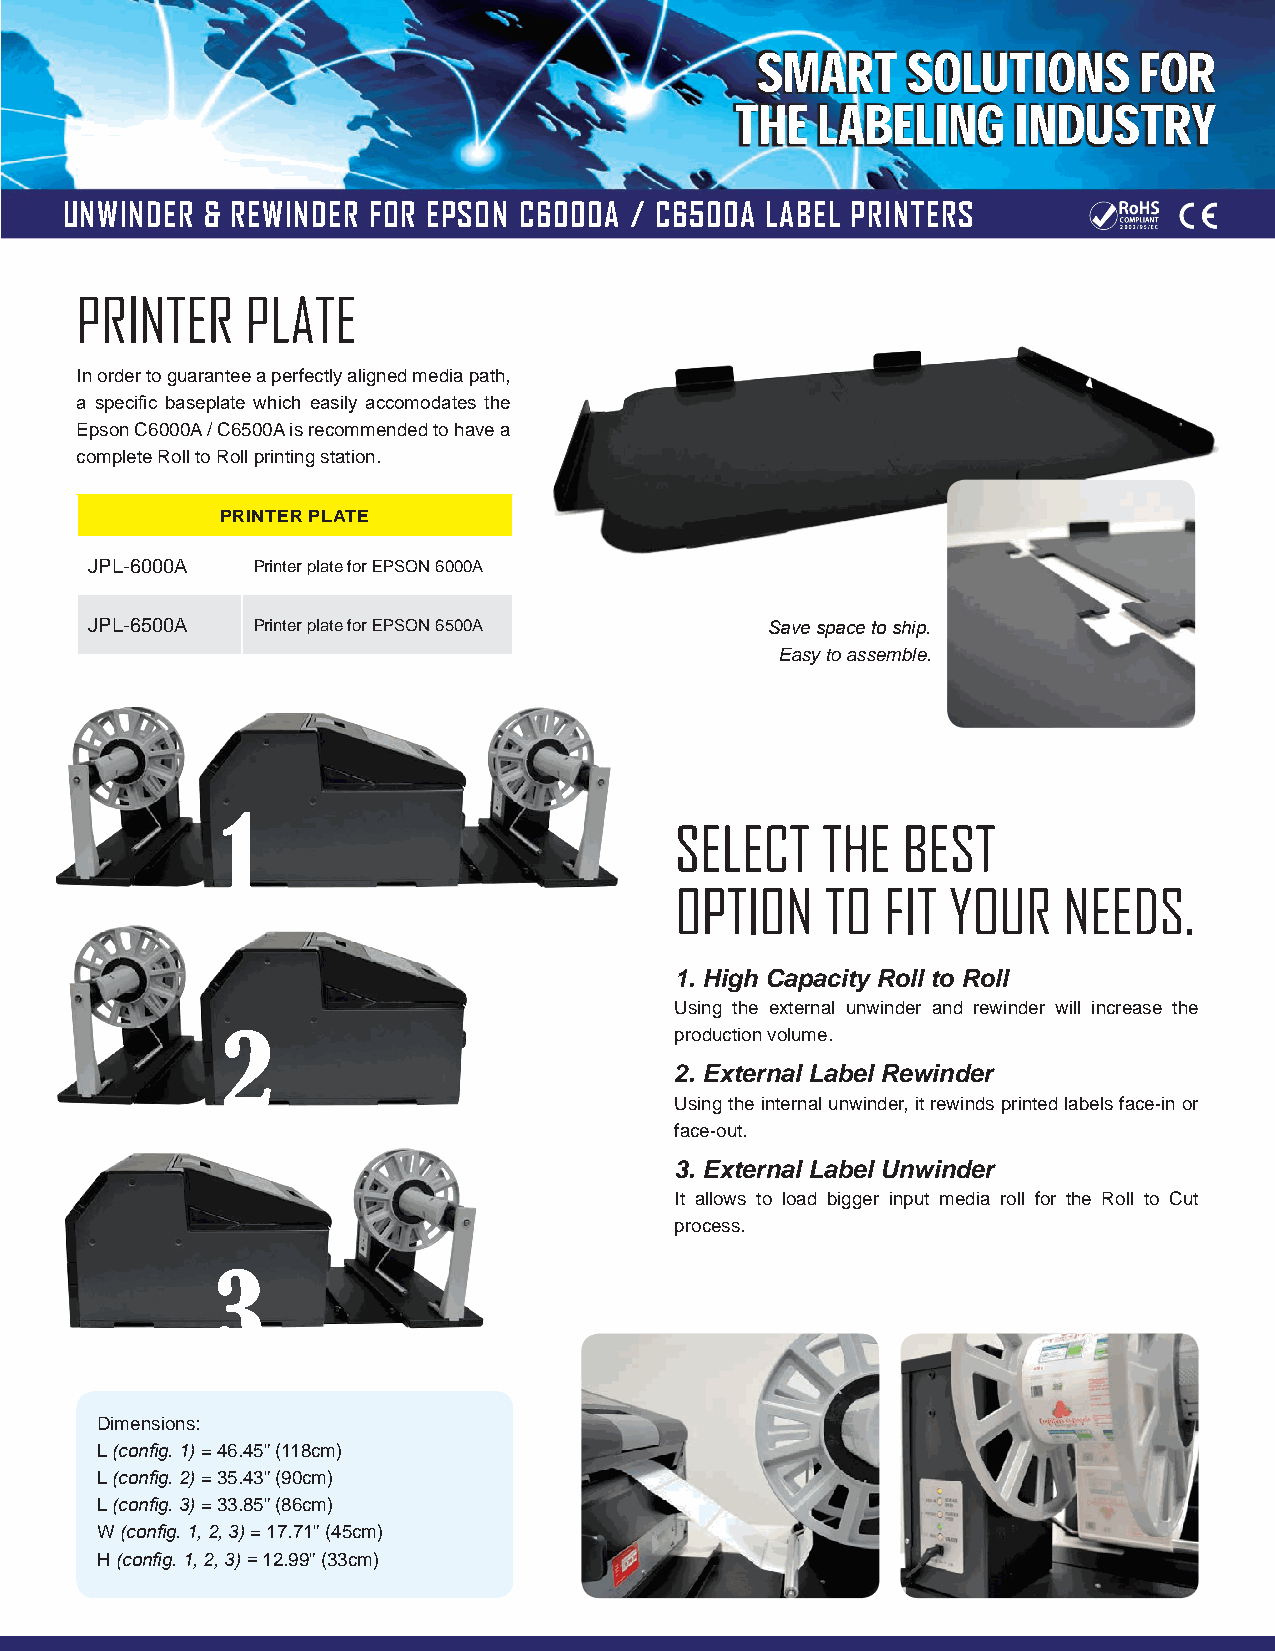
AA WWOORRLLDD     OOFF
 SMART     SOLUTIONS      FOR
 THE  LABESSLIOONGLL IUUNDTTUIISOOTNNRYSS
 AAggeennccyy CCeerrttiiffiiccaattiioonnss
 UNWINDER  & REWINDER FOR EPSON C6000A / C6500A LABEL PRINTERS
 PRINTER    PLATE
 In order to guarantee a perfectly aligned media path,
 a specific baseplate which easily accomodates the
 Epson C6000A / C6500A is recommended to have a
 complete Roll to Roll printing station.
 PRINTER PLATE
 JPL-6000A  Printer plate for EPSON 6000A
 JPL-6500A  Printer plate for EPSON 6500A     Save space to ship.
 Easy to assemble.
 1
 SELECT   THE   BEST
 OPTION    TO  FIT YOUR   NEEDS.
 1. High Capacity Roll to Roll
 Using the external unwinder and rewinder will increase the
 2                             production volume.
 2. External Label Rewinder
 Using the internal unwinder, it rewinds printed labels face-in or
 face-out.
 3. External Label Unwinder
 It allows to load bigger input media roll for the Roll to Cut
 process.
 3
 Dimensions:
 L (config. 1) = 46.45” (118cm)
 L (config. 2) = 35.43” (90cm)
 L (config. 3) = 33.85” (86cm)
 W (config. 1, 2, 3) = 17.71” (45cm)
 H (config. 1, 2, 3) = 12.99” (33cm)